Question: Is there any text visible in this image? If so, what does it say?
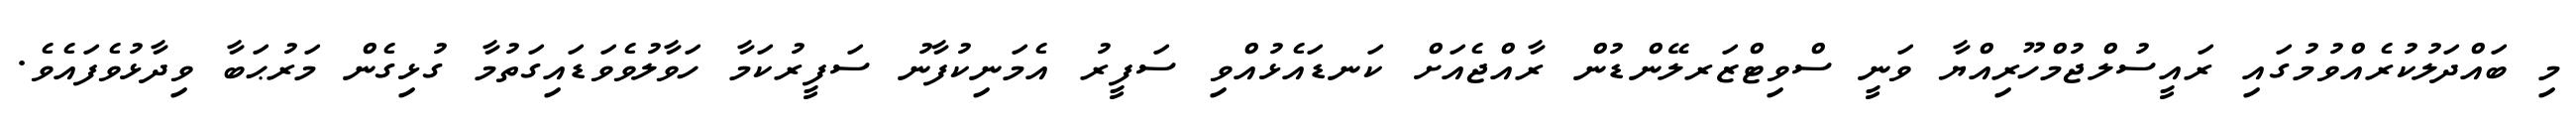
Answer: މި ބައްދަލުކުރެއްވުމުގައި ރައީސުލްޖުމްހޫރިއްޔާ ވަނީ ސްވިޓްޒަރލޭންޑުން ރާއްޖެއަށް ކަނޑައެޅުއްވި ސަފީރު އެމަނިކުފާނު ސަފީރުކަމާ ހަވާލުވެވަޑައިގަތުމާ ގުޅިގެން މަރުޙަބާ ވިދާޅުވެފައެވެ.